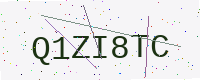
Text: Q1ZI8TC